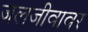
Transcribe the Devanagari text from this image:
जलजीवावर